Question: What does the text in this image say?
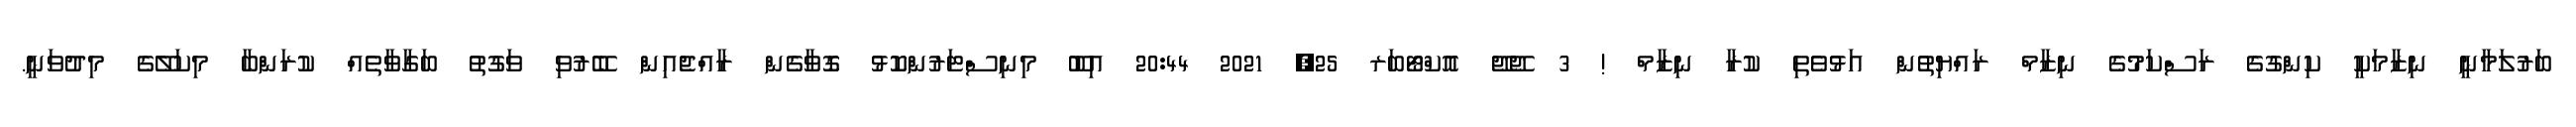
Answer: ބަރުލަމާނީ ނިޒާމަކީ ކިންގުގެ ރަސްކަމުގެ ނިޒާމް ރައްޔިތުން އަޅުވެތި ކުރާ ނިޒާމް ! 3 ޖޭޖޭ އޮކްޓޯބަރ 25, 2021 20:44 އިބޫ މިނިސްޓަރުންކޮޅު ގޮވާގެން ރާއްޖެއިން ބޭރުވި ވަގުތު ބަގާވާތެއް ކުރަންބާ މިކަލޭގެ މިދުވަނީ.